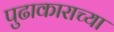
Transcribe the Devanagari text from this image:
पुढाकाराच्या